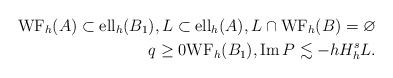
LaTeX: \begin{align*} {\rm WF}_h(A)\subset {\rm ell}_h(B_1), L\subset {\rm ell}_h(A), L\cap {\rm WF}_h(B)=\varnothing\\ q\geq 0 {\rm WF}_h(B_1), {\rm Im}\, P\lesssim -h H^s_h L. \end{align*}